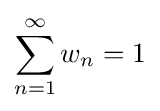
\sum _{n=1}^{\infty }w_{n}=1